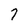
Character: 7